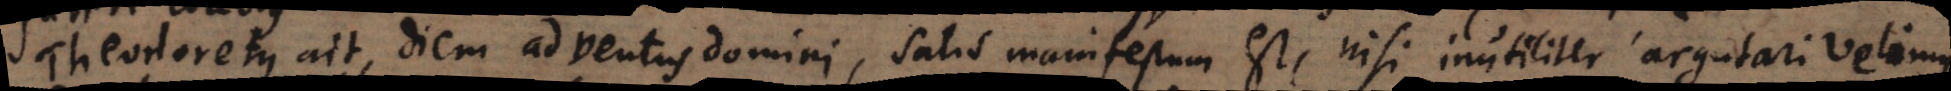
Theodoretus ait, diem adventus Domini, satis manifestum est, nisi inutiliter argutari velimus